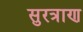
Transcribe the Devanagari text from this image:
सुरत्राण